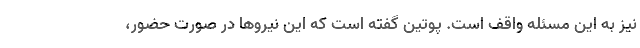
نیز به این مسئله واقف است. پوتین گفته است که این نیروها در صورت حضور،